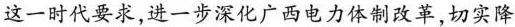
这一时代要求，进一步深化广西电力体制改革，切实降